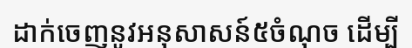
ដាក់ចេញនូវអនុសាសន៍៥ចំណុច ដើម្បី